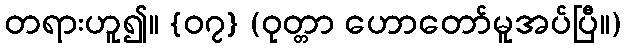
တရားဟူ၍။ {၀၇} (ဝုတ္တာ ဟောတော်မူအပ်ပြီ။)